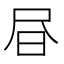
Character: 𭥜